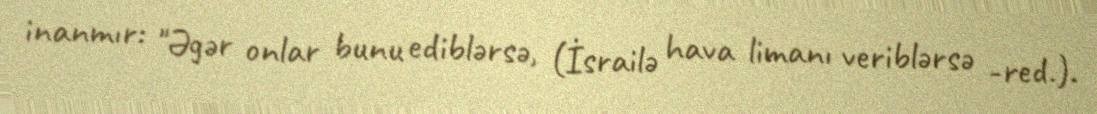
inanmır: "Əgər onlar bunu ediblərsə, (İsrailə hava limanı veriblərsə -red.).